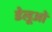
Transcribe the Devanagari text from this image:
डेलूओं